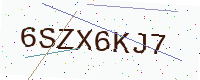
Text: 6SZX6KJ7